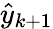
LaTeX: \hat{y}_{k+1}